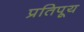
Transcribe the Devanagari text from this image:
प्रतिपूय